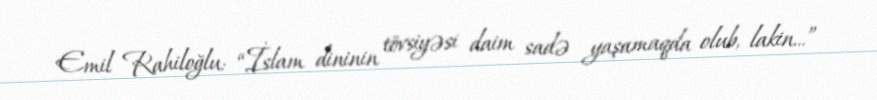
Emil Rahiloğlu: “İslam dininin tövsiyəsi daim sadə yaşamaqda olub, lakin...”